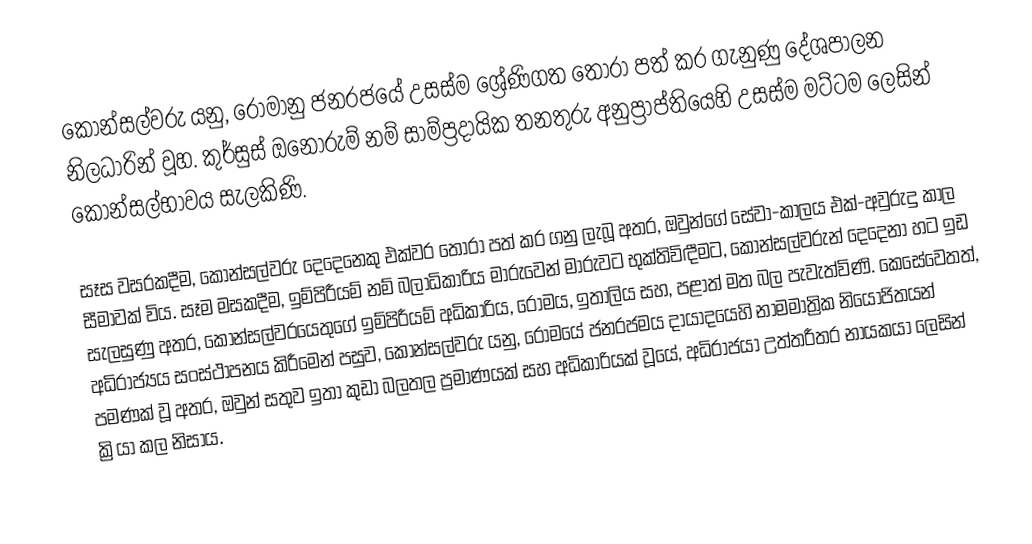
කොන්සල්වරු යනු,  රෝමානු ජනරජයේ උසස්ම ශ්‍රේණිගත තෝරා පත් කර ගැනුණු දේශපාලන නිලධාරින් වූහ. කුර්සුස් ඔනෝරුම් නම් සාම්ප්‍රදායික තනතුරු අනුප්‍රාප්තියෙහි උසස්ම මට්ටම ලෙසින් කොන්සල්භාවය සැලකිණි.

සෑස වසරකදීම, කොන්සල්වරු දෙදෙනෙකු එක්වර තෝරා පත් කර ගනු ලැබූ අතර, ඔවුන්ගේ සේවා-කාලය එක්-අවුරුදු කාල සීමාවක් විය. සෑම මසකදීම,  ඉම්පිරීයම් නම් බලාධිකාරිය මාරුවෙන් මාරුවට භුක්තිවිඳීමට, කොන්සල්වරුන් දෙදෙනා හට ඉඩ සැලසුණු අතර, කොන්සල්වරයෙතුගේ ඉම්පිරීයම් අධිකාරිය, රෝමය, ඉතාලිය සහ, පළාත් මත බල පැවැත්විණි. කෙසේවෙතත්, අධිරාජ්‍යය සංස්ථාපනය කිරීමෙන් පසුව, කොන්සල්වරු යනු, රෝමයේ ජනරජමය දායාදයෙහි නාමමාත්‍රික නියෝජිතයන් පමණක් වූ අතර, ඔවුන් සතුව ඉතා කුඩා බලතල ප්‍රමාණයක් සහ අධිකාරියක් වූයේ, අධිරාජයා උත්තරීතර නායකයා ලෙසින් ක්‍රියා කල නිසාය.